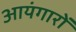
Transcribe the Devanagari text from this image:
आयंगारों